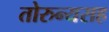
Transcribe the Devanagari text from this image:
तोरुन्यसह